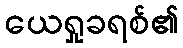
ယေရှုခရစ်၏